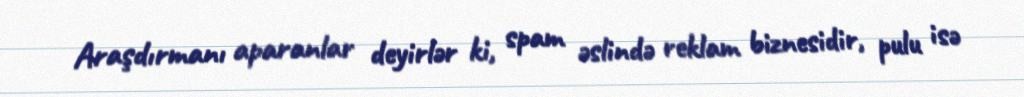
Araşdırmanı aparanlar deyirlər ki, spam əslində reklam biznesidir, pulu isə